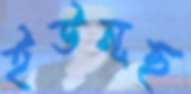
ইউনূছ